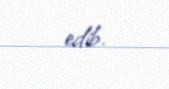
edib.